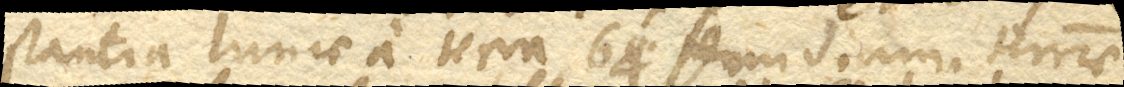
stantia lunae a terra 64. semidiam. terrae.